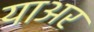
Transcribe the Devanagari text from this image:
याअर